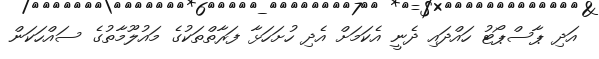
އަދި ޕާސްޕޯޓު ހައްދައި ދެނީ އެކަމަށް އެދި ހުށަހަޅާ ފަރާތްތަކުގެ މައުލޫމާތުގެ ސައްހަކަން